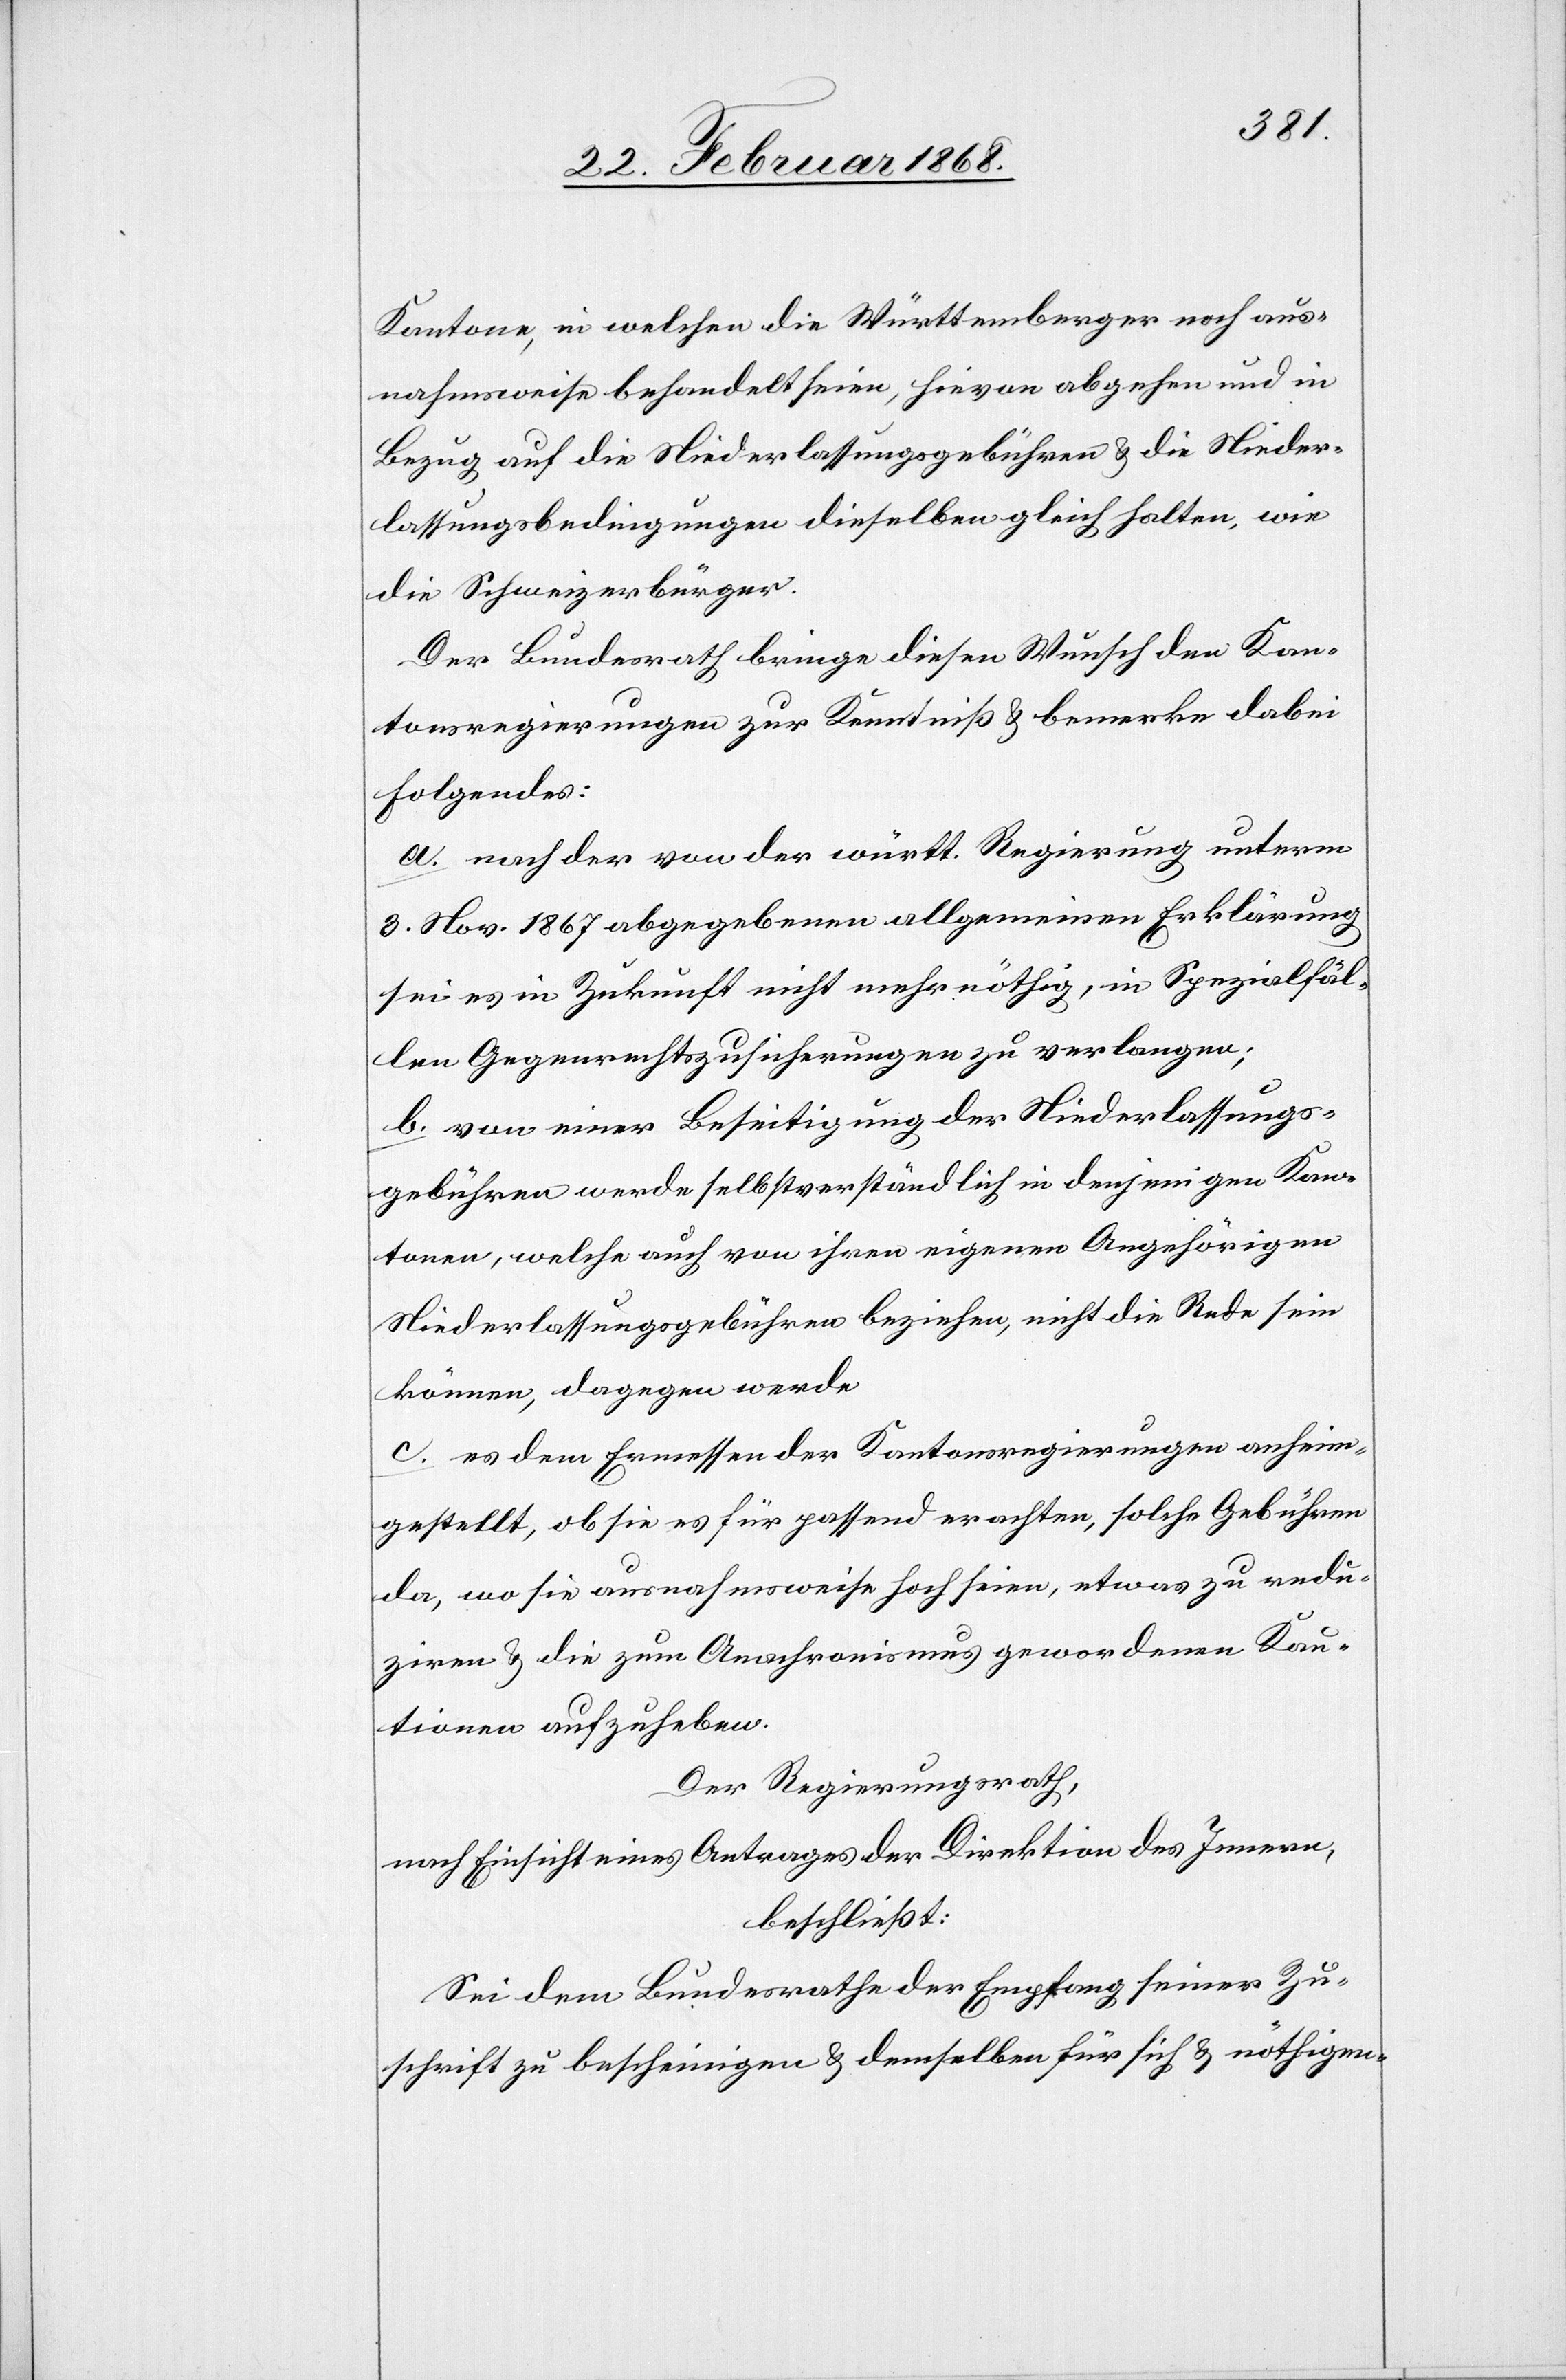
Kantone, in welchen die Württemberger noch aus¬
nahmsweise behandelt seien, hievon abgehen und in
Bezug auf die Niederlassungsgebühren & die Nieder¬
lassungsbedingungen dieselben gleich halten, wie
die Schweizerbürger.
Der Bundesrath bringe diesen Wunsch den Kan¬
tonsregierungen zur Kenntniß & bemerke dabei
Folgendes:
a. nach der von der württ. Regierung unterm
3. Nov. 1867 abgegebenen allgemeinen Erklärung
sei es in Zukunft nicht mehr nöthig, in Spezialfäl¬
len Gegenrechtszusicherungen zu verlangen;
b. von einer Beseitigung der Niederlassungs¬
gebühren werde selbstverständlich in denjenigen Kan¬
tonen, welche auch von ihren eigenen Angehörigen
Niederlassungsgebühren beziehen, nicht die Rede sein
können, dagegen werde
c. es dem Ermessen der Kantonsregierungen anheim¬
gestellt, ob sie es für passend erachten, solche Gebühren
da, wo sie ausnahmsweise hoch seien, etwas zu redu¬
ziren & die zum Anachronismus gewordenen Kau¬
tionen aufzuheben.
Der Regierungsrath,
nach Einsicht eines Antrages der Direktion des Innern,
beschließt:
Sei dem Bundesrathe der Empfang seiner Zu¬
schrift zu bescheinigen & demselben für sich & nöthigen-